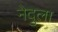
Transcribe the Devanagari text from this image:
नेदुला